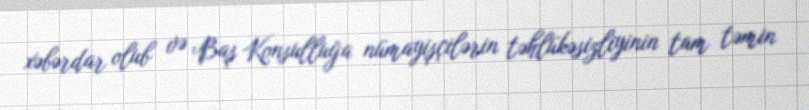
xəbərdar olub və Baş Konsulluğa nümayişçilərin təhlükəsizliyinin tam təmin